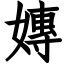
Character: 嫥